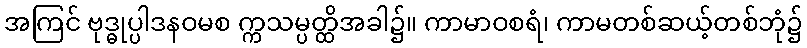
အကြင် ဗုဒ္ဓုပ္ပါဒနဝမစ က္ကသမ္ပတ္ထိအခါ၌။ ကာမာဝစရံ၊ ကာမတစ်ဆယ့်တစ်ဘုံ၌